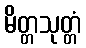
မိတ္တသုတ္တံ